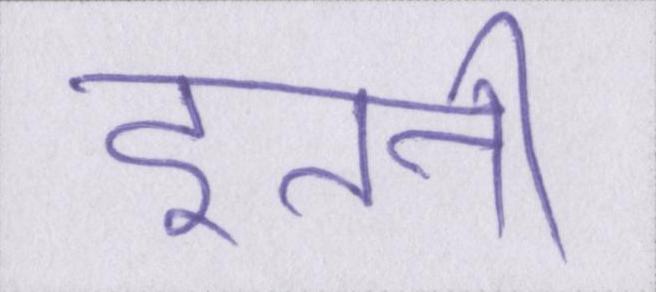
इतनी